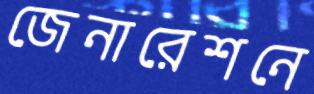
জেনারেশনে